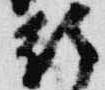
行